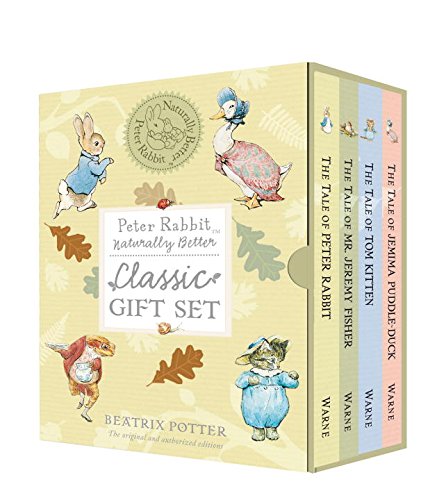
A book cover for Peter Rabbit Naturally Better Classic Gift Set; Beatrix Potter; Children's Books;